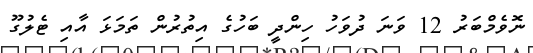
ނޮވެމްބަރު 12 ވަނަ ދުވަހު ހިންދީ ބަހުގެ އިތުރުން ތަމަޅަ އާއި ޓެލުގޫ